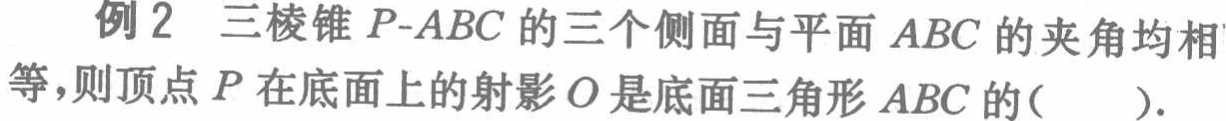
例2 三棱锥 \(P - ABC\) 的三个侧面与平面 \(ABC\) 的夹角均相等，则顶点 \(P\) 在底面上的射影 \(O\) 是底面三角形 \(ABC\) 的(  ).